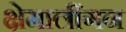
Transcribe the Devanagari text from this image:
क्षेमालींगन